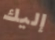
إليك